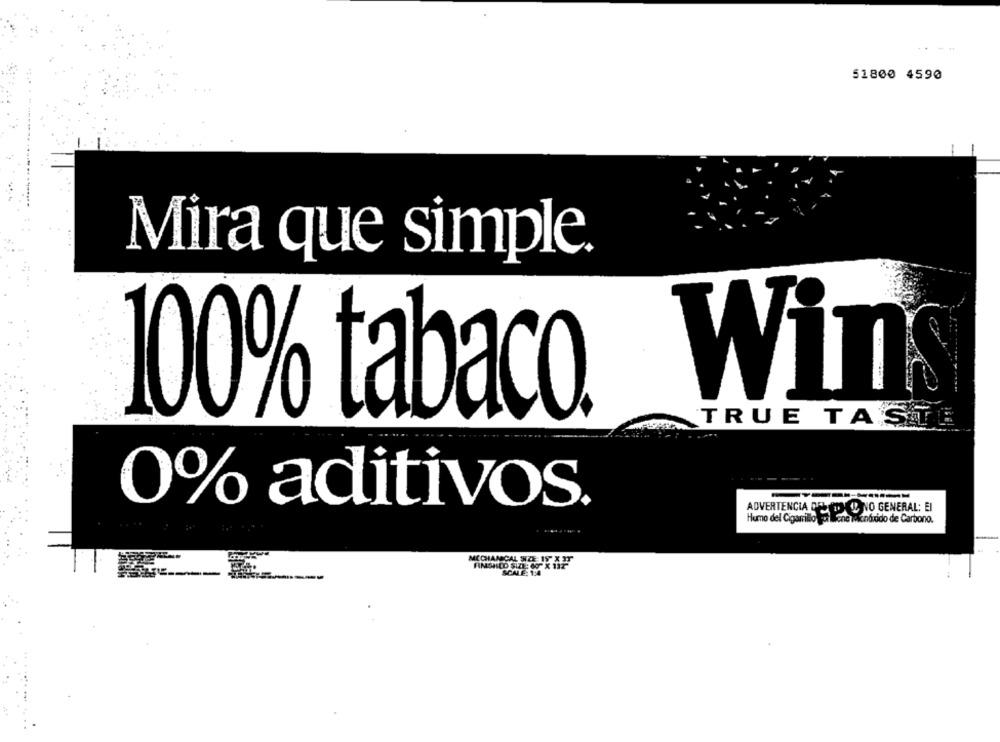
----
51800 4590
-
Mira que simple.
100% tabaco. Wins
TRUE TASTE
0% aditivos.
ADVERTENCIA DELUDED NO GENERAL: EI
Humo del Cigarrillo por lano winóxido de Carbono.
MECHANICAL SIZE 15" X IT
SCALE: 1:4